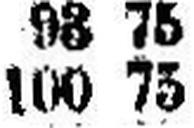
100 75